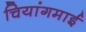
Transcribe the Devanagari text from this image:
चियांगमाई